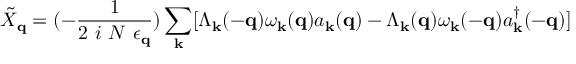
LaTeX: { \tilde { X } } _ { { \bf { q } } } = ( - \frac { 1 } { 2 \mathrm { ~ } i \mathrm { ~ } N \mathrm { ~ } \epsilon _ { { \bf { q } } } } ) \sum _ { { \bf { k } } } [ \Lambda _ { { \bf { k } } } ( - { \bf { q } } ) \omega _ { { \bf { k } } } ( { \bf { q } } ) a _ { { \bf { k } } } ( { \bf { q } } ) - \Lambda _ { { \bf { k } } } ( { \bf { q } } ) \omega _ { { \bf { k } } } ( - { \bf { q } } ) a _ { { \bf { k } } } ^ { \dagger } ( - { \bf { q } } ) ]